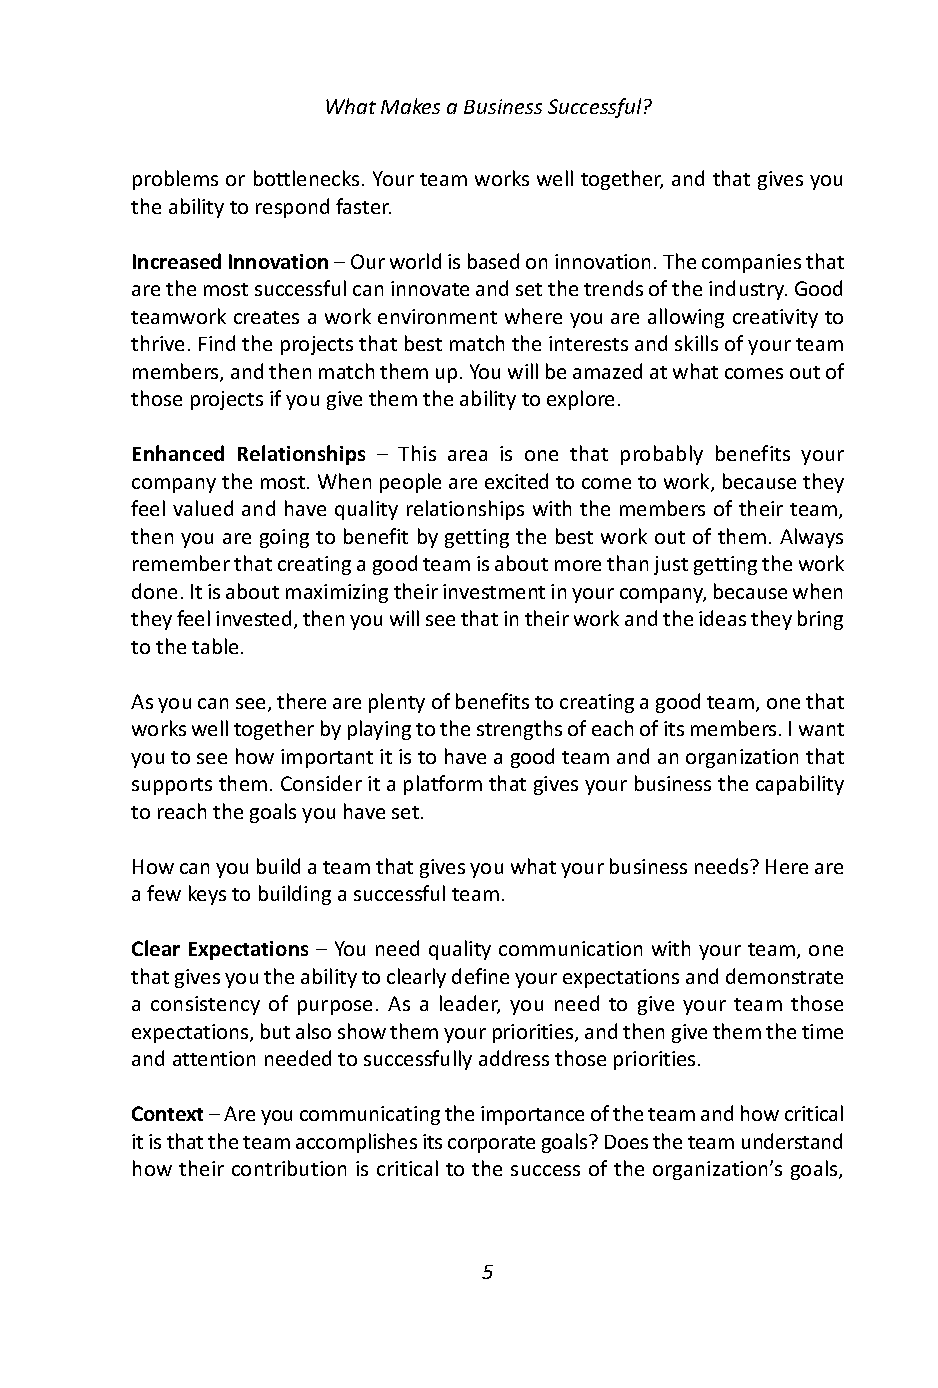
What Makes a Business Successful?
 problems or bottlenecks. Your team works well together, and that gives you
 the ability to respond faster.
 Increased Innovation– Our world is based on innovation. The companies that
 are the most successful can innovate and set the trends of the industry. Good
 teamwork creates a work environment where you are allowing creativity to
 thrive. Find the projects that best match the interests and skills of your team
 members, and then match them up. You will be amazed at what comes out of
 those projects if you give them the ability to explore.
 Enhanced Relationships – This area is one that probably benefits your
 company the most. When people are excited to come to work, because they
 feel valued and have quality relationships with the members of their team,
 then you are going to benefit by getting the best work out of them. Always
 remember that creating a good team is about more than just getting the work
 done. It is about maximizing their investment in your company, because when
 they feel invested, then you will see that in their work and the ideas they bring
 to the table.
 As you can see, there are plenty of benefits to creating a good team, one that
 works well together by playing to the strengths of each of its members. I want
 you to see how important it is to have a good team and an organization that
 supports them. Consider it a platform that gives your business the capability
 to reach the goals you have set.
 How can you build a team that gives you what your business needs? Here are
 a few keys to building a successful team.
 Clear Expectations – You need quality communication with your team, one
 that gives you the ability to clearly define your expectations and demonstrate
 a consistency of purpose. As a leader, you need to give your team those
 expectations, but also show them your priorities, and then give them the time
 and attention needed to successfully address those priorities.
 Context– Are you communicating the importance of the team and how critical
 it is that the team accomplishes its corporate goals? Does the team understand
 how their contribution is critical to the success of the organization’s goals,
 5